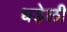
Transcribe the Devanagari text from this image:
धड़ेली